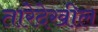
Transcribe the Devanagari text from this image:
तारेदेखील